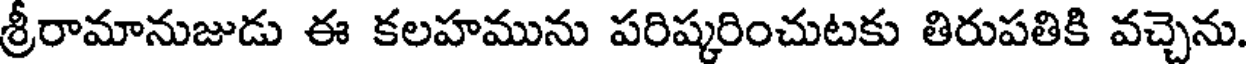
శ్రీరామానుజుడు ఈ కలహమును పరిష్కరించుటకు తిరుపతికి వచ్చెను.